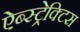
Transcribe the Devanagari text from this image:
ऐब्स्ट्रेक्टिस